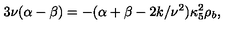
3 \nu ( \alpha - \beta ) = - ( \alpha + \beta - 2 k / \nu ^ { 2 } ) \kappa _ { 5 } ^ { 2 } \rho _ { b } ,